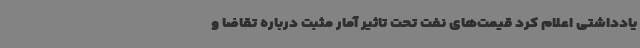
یادداشتی اعلام کرد قیمت‌های نفت تحت تاثیر آمار مثبت درباره تقاضا و